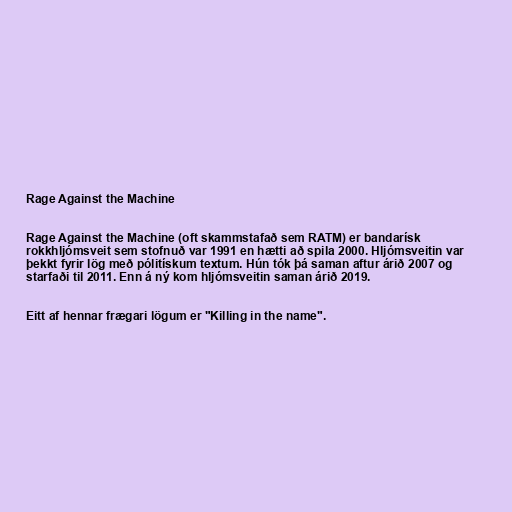
Rage Against the Machine

Rage Against the Machine (oft skammstafað sem RATM) er bandarísk
rokkhljómsveit sem stofnuð var 1991 en hætti að spila 2000. Hljómsveitin var
þekkt fyrir lög með pólitískum textum. Hún tók þá saman aftur árið 2007 og
starfaði til 2011. Enn á ný kom hljómsveitin saman árið 2019.

Eitt af hennar frægari lögum er "Killing in the name".